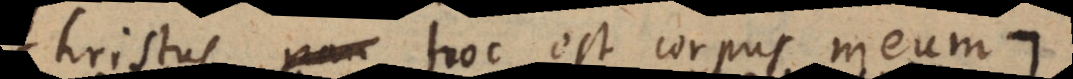
Christus hoc est corpus meum:)